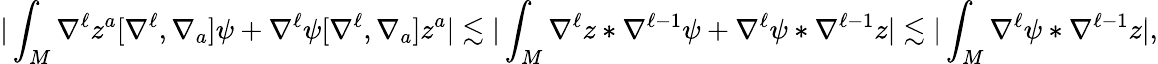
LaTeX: |\int_{M}\nabla^{\ell}z^{a}[\nabla^{\ell},\nabla_{a}]\psi+\nabla^{\ell}\psi[\nabla^{\ell},\nabla_{a}]z^{a}|\lesssim|\int_{M}\nabla^{\ell}z\ast\nabla^{\ell-1}\psi+\nabla^{\ell}\psi\ast\nabla^{\ell-1}z|\lesssim|\int_{M}\nabla^{\ell}\psi\ast\nabla^{\ell-1}z|,